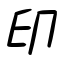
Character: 印